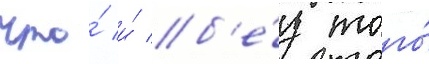
что́ и́ б'е́з того́